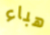
هباء